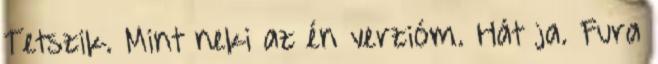
Tetszik. Mint neki az én verzióm. Hát ja. Fura